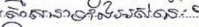
សាសនាទាំងអស់នេះ